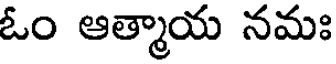
ఓం ఆత్మాయ నమః